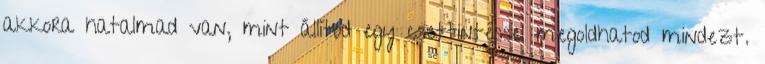
akkora hatalmad van, mint állítod egy csettintéssel megoldhatod mindezt.